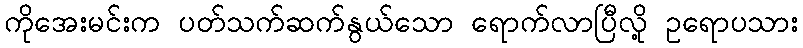
ကိုအေးမင်းက ပတ်သက်ဆက်နွယ်သော ရောက်လာပြီလို့ ဥရောပသား